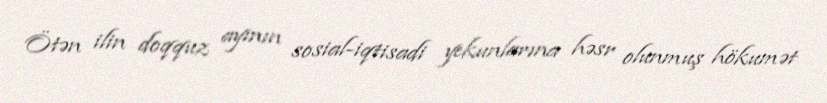
Ötən ilin doqquz ayının sosial-iqtisadi yekunlarına həsr olunmuş hökumət